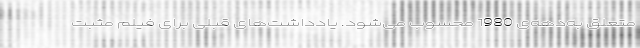
متعلق به‌دهه‌ی 1980 محسوب می‌شود. یادداشت‌های قبلی برای فیلم مثبت